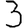
Digit: 3